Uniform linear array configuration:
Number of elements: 32
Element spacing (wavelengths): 1
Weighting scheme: hamming
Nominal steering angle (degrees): -45
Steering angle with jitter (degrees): -45.051
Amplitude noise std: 0.05
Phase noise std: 0.05

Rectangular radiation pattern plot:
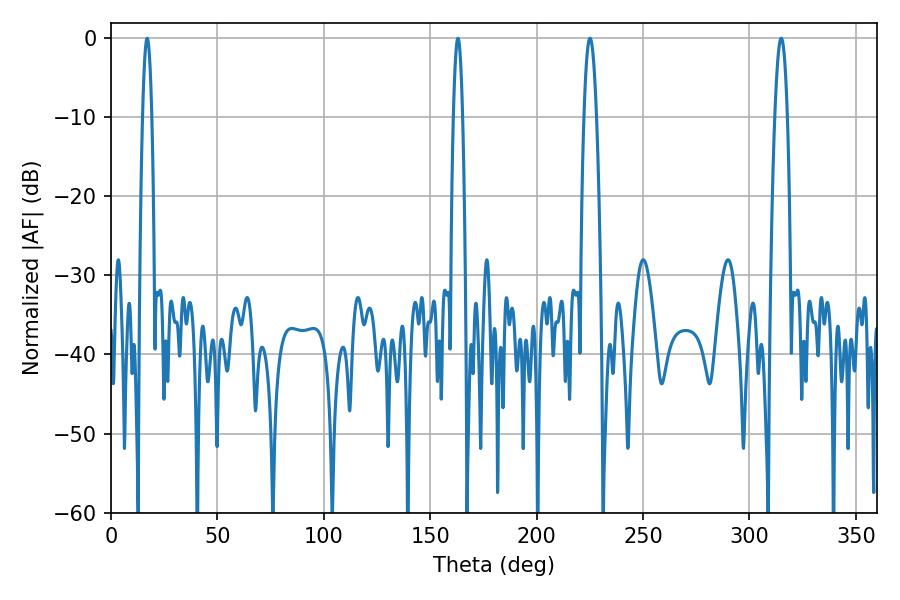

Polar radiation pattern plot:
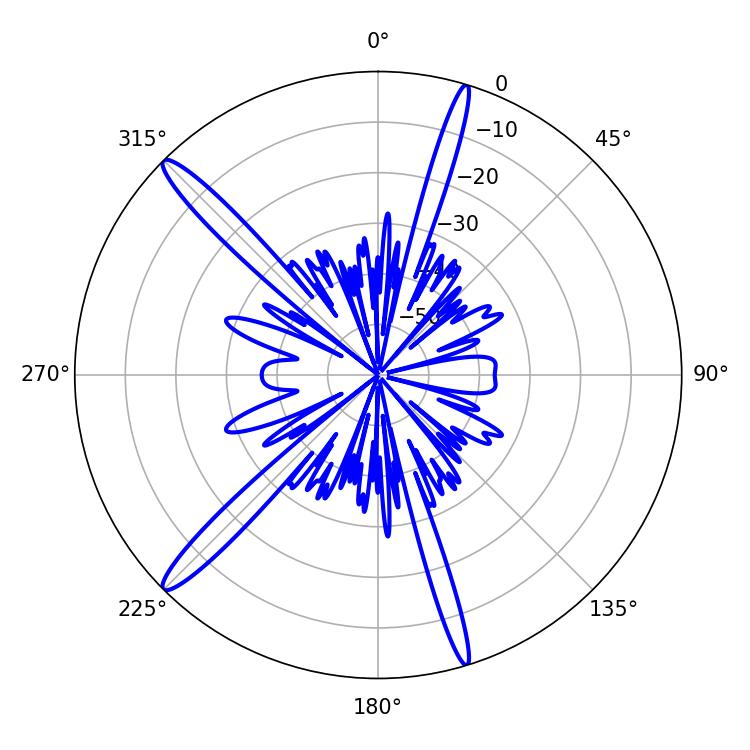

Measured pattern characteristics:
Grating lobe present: TRUE
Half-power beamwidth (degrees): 3.06
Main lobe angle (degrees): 225